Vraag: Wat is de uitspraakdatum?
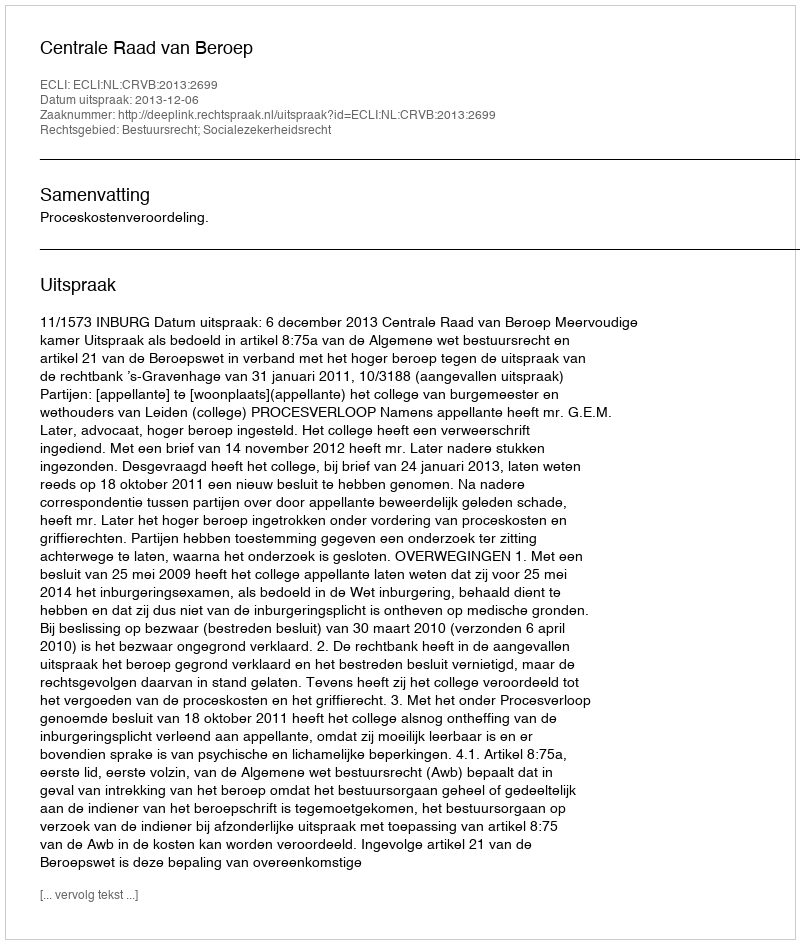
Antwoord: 2013-12-06